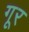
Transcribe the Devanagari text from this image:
गूर